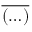
\overline { { ( \ldots ) } }